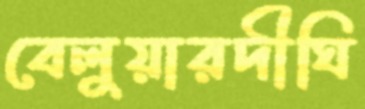
বেলুয়ারদীঘি